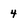
Character: 4